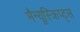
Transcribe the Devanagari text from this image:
मैन्यूस्क्रिप्ट्स